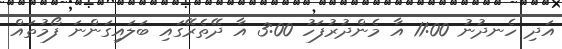
އަދި ހެނދުނު 11:00 އާ މެންދުރުފަހު 3:00 އާ ދޭތެރޭގައި ބަލައިގަންނަ ފޯމުތައް